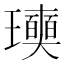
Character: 𤫓